Report on the Civil Veterinary Department, Eastern Bengal and Assam - 1907-1911
Year: 1907
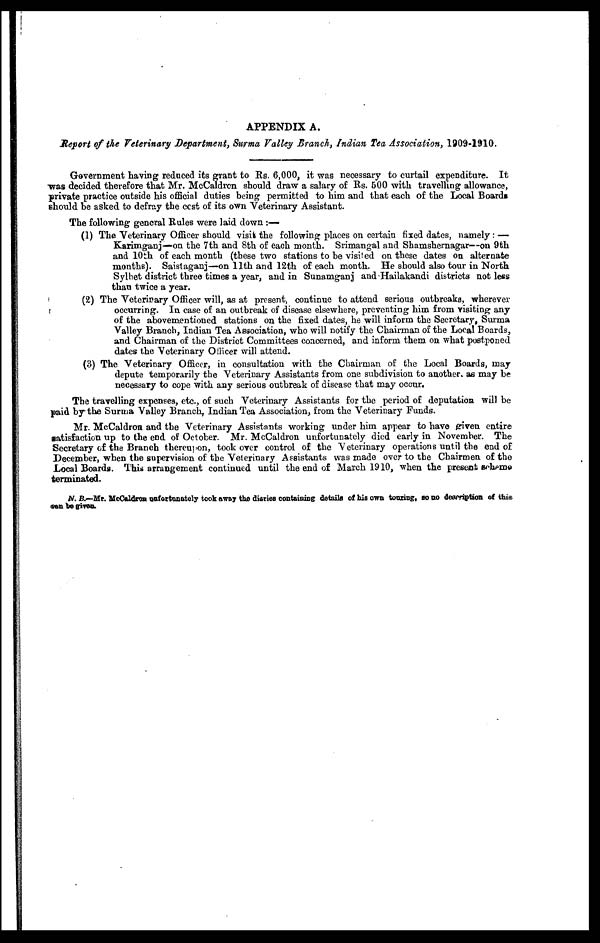
APPENDIX A.
Report of the Veterinary Department, Surma Valley Branch, Indian Tea Association, 1909-1910.
Government having reduced its grant to Rs. 6,000, it was necessary to curtail expenditure. It
was decided therefore that Mr. McCaldron should draw a salary of Rs. 600 with travelling allowance,
private practice outside his official duties being permitted to him and that each of the Local Boards
should be asked to defray the cost of its own Veterinary Assistant.
The following general Rules were laid down:—
(1) The Veterinary Officer should visit the following places on certain fixed dates, namely: —
Karimganj—on the 7th and 8th of each month. Srimangal and Shamshernagar—on 9th
and 10th of each month (these two stations to be visited on these dates on alternate
months). Saistaganj—on 11th and 12th of each month. He should also tour in North
Sylhet district three times a year, and in Sunamganj and Hailakandi districts not less
than twice a year.
(2) The Veterinary Officer will, as at present, continue to attend serious outbreaks, wherever
occurring. In case of an outbreak of disease elsewhere, preventing him from visiting any
of the abovementioned stations on the fixed dates, he will inform the Secretary, Surma
Valley Branch, Indian Tea Association, who will notify the Chairman of the Local Boards,
and Chairman of the District Committees concerned, and inform them on what postponed
dates the Veterinary Officer will attend.
(3) The Veterinary Officer, in consultation with the Chairman of the Local Boards, may
depute temporarily the Veterinary Assistants from one subdivision to another, as may be
necessary to cope with any serious outbreak of disease that may occur.
The travelling expenses, etc., of such Veterinary Assistants for the period of deputation will be
paid by the Surma Valley Branch, Indian Tea Association, from the Veterinary Funds.
Mr. McCaldron and the Veterinary Assistants working under him appear to have given entire
satisfaction up to the end of October. Mr. McCaldron unfortunately died early in November. The
Secretary of the Branch thereupon, took over control of the Veterinary operations until the end of
December, when the supervision of the Veterinary Assistants was made over to the Chairmen of the
Local Boards. This arrangement continued until the end of March 1910, when the present scheme
terminated.
N. B.—Mr. McCaldron unfortunately took away the diaries containing details of his own touring, so no description of this
can be
givan.